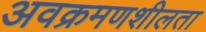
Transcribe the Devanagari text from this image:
अवक्रमणशीलता